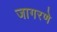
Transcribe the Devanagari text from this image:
जागरणे